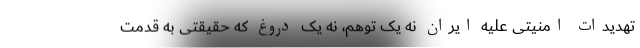
تهدیدات امنیتی علیه ایران نه یک توهم، نه یک دروغ که حقیقتی به قدمت